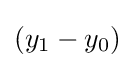
(y_{1}-y_{0})